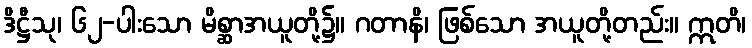
ဒိဋ္ဌီသု၊ ၆၂-ပါးသော မိစ္ဆာအယူတို့၌။ ဂတာနိ၊ ဖြစ်သော အယူတို့တည်း။ ဣတိ၊